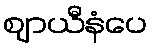
ဈာယီနံပေ